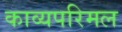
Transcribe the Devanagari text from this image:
काव्यपरिमल